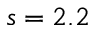
s = 2 . 2